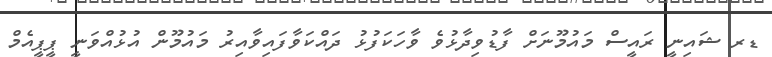
ޑރ ޝަައިނީ ރައީސް މައުމޫނަށް ފާޑުވިދާޅުވެ ވާހަކަފުޅު ދައްކަވާފައިވާއިރު މައުމޫން އުޅުއްވަނީ ޕީޕީއެމް